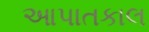
આપાતકાલ